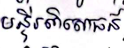
មន្ទីរពិសោធន៍